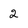
Character: 2